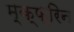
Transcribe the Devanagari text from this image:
म्क्फ्रिन